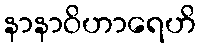
နာနာဝိဟာရေဟိ